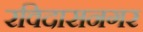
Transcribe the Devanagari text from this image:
रविदासनगर